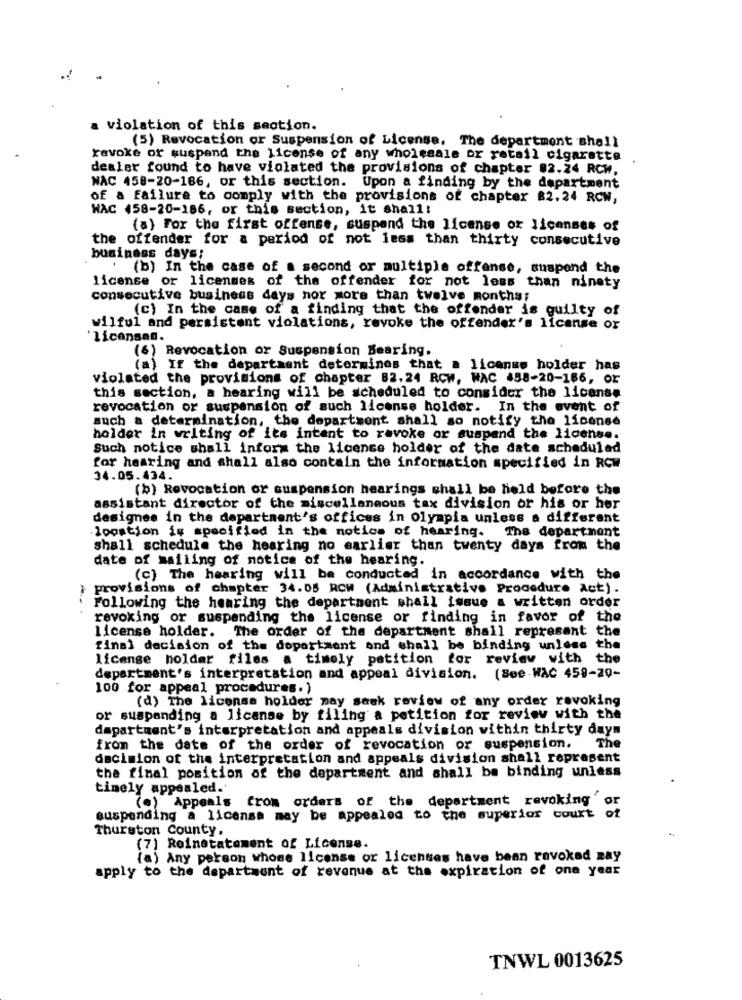
a violation of this section.
(5) Revocation or Suspension of License. The department shall
revoke or suspand the license of any wholesale or retail cigarette
dealer found to have violated the provisions of chapter 02.24 RCW.
WAC 458-20-186, or this section. Upon a finding by the department
of a failure to comply with the provisions of chapter 82.24 RCW,
WAC 458-20-186, or this section, it shall!
(a) For the first offense, suspend the license or licenses of
the offender for a period of not less than thirty consecutive
business days!
(b) In the case of a second or multiple offense, suspend the
license or licenses of the offender for not less than ninety
consecutive business days nor more than twelve months;
(c) In the case of a finding that the offender is guilty of
wilful and persistent violations, revoke the offender's license or
licensed.
(6) Revocation or Suspension Bearing.
(a) IF the department determines that a license holder has
violated the provisions of chapter 82,24 RCW, WAC 458-20-166, or
this section, a hearing will be scheduled to consider the license
revocation or suspension of such license holder. In the event of
such a determination, the department shall so notify the license
holder in writing of its intent to revoke or suspand the license.
Such notice shall inform the license holder of the date scheduled
for hearing and shall also contain the information specified in RCW
34.05.434.
(b) Revocation or suspension hearings shall be held before the
assistant director of the miscellaneous tax division or his or her
designes in the department's offices in Olympia unless a different
location is specified in the notice of hearing.
The department
shall schedule the hearing no earlier than twenty days from the
date of mailing of notice of the hearing.
(c) The hearing will be conducted in accordance with the
} provisions of chapter 34.05 ROW (Administrative Procedure Act).
Following the hearing the department shall issue a written order
revoking or suspending the license or finding in favor of the
license holder. The order of the department shall represent the
final decision of the department and shall be binding unless the
license holder files a timely petition for review with the
department's interpretation and appeal division. (See WAC 459-20-
100 for appeal procedures.)
(d) The license holder may seek review of any order revoking
or suspending a license by filing a petition for review with the
dapartment's interpretation and appeals division within thirty days
from the date of the order of revocation or suspension. The
decision of the interpretation and appeals division shall represent
the final position of the department and shall be binding unless
timely appealed.'
(a) Appeals from orders of the department revoking'
suspending a license may be appealed to the superior court
Thurston County.
(7) Reinstatement of License.
(a) Any person whose license or licenses have bean revoked may
apply to the department of revenue at the expiration of one year
TNWL 0013625